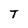
Character: T